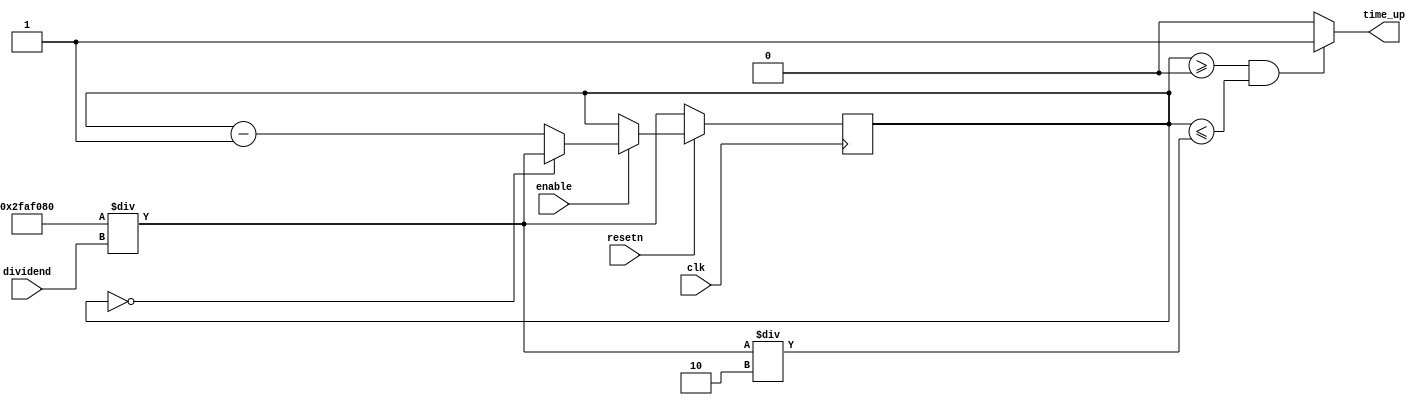





module timer_l(
    input clk, resetn, enable, 
    input [25:0] dividend,
    output time_up
);
    reg [25:0] count;
    wire [25:0] initial_value, check_value;
    assign initial_value = 26'd50000000;
    assign check_value = initial_value / dividend;


     
    always @(posedge clk) begin
        if (!resetn)
			count <= check_value;
		else if (enable) begin
			if (count == 26'd0)
				count <= check_value;
			else
				count <= count - 1'b1;
		end
    end
    assign time_up = ((count >= 26'd0) & (count <= check_value / 2)) ? 1 : 0;
endmodule









module timer_1_1_l(
    input clk, resetn, enable,
    output time_up
);
    reg [25:0] count;
    always @(posedge clk) begin
        if (!resetn)
			count <= 26'd50000000;
		else if (enable) begin
			if (count == 26'd0)
				count <= 26'd50000000;
			else
				count <= count - 1'b1;
		end
    end
    assign time_up = (count >= 1'b0 & count <= 26'd25000000) ? 1 : 0;
endmodule



module timer_1_2_l(
    input clk, resetn, enable,
    output time_up
);
    reg [25:0] count;
    wire [4:0] dividend;
    assign dividend = 5'd2;
    wire [25:0] initial_value, check_value;
    assign initial_value = 26'd50000000;
    assign check_value = initial_value / dividend;


     
    always @(posedge clk) begin
        if (!resetn)
			count <= check_value;
		else if (enable) begin
			if (count == 26'd0)
				count <= check_value;
			else
				count <= count - 1'b1;
		end
    end
    assign time_up = ((count >= 26'd0) & (count <= check_value / 2)) ? 1 : 0;
endmodule




module timer_1_4_l(
    input clk, resetn, enable,
    output time_up
);

    reg [25:0] count;
    wire [4:0] dividend;
    assign dividend = 5'd4;
    wire [25:0] initial_value, check_value;
    assign initial_value = 26'd50000000;
    assign check_value = initial_value / dividend;
    always @(posedge clk) begin
        if (!resetn)
			count <= check_value;
		else if (enable) begin
			if (count == 26'd0)
				count <= check_value;
			else
				count <= count - 1'b1;
		end
    end
    assign time_up = ((count >= 26'd0) & (count <= check_value / 2)) ? 1 : 0;
endmodule







module timer_1_8_l(
    input clk, resetn, enable,
    output time_up
);
    reg [25:0] count;
    wire [4:0] dividend;
    assign dividend = 5'd8;
    wire [25:0] initial_value, check_value;
    assign initial_value = 26'd50000000;
    assign check_value = initial_value / dividend;
    always @(posedge clk) begin
        if (!resetn)
			count <= check_value;
		else if (enable) begin
			if (count == 26'd0)
				count <= check_value;
			else
				count <= count - 1'b1;
		end
    end
    assign time_up = ((count >= 26'd0) & (count <= check_value / 2)) ? 1 : 0;
endmodule



module timer_1_32_l(
    input clk, resetn, enable,
    output time_up
);
    reg [25:0] count;
    wire [9:0] dividend;
    assign dividend = 10'd32;
    wire [25:0] initial_value, check_value;
    assign initial_value = 26'd50000000;
    assign check_value = initial_value / dividend;
    always @(posedge clk) begin
        if (!resetn)
			count <= check_value;
		else if (enable) begin
			if (count == 26'd0)
				count <= check_value;
			else
				count <= count - 1'b1;
		end
    end
    assign time_up = ((count >= 26'd0) & (count <= check_value / 2)) ? 1 : 0;
endmodule



module timer_1_64_l(
    input clk, resetn, enable,
    output time_up
);
    reg [25:0] count;
    wire [9:0] dividend;
    assign dividend = 10'd64;
    wire [25:0] initial_value, check_value;
    assign initial_value = 26'd50000000;
    assign check_value = initial_value / dividend;
    always @(posedge clk) begin
        if (!resetn)
			count <= check_value;
		else if (enable) begin
			if (count == 26'd0)
				count <= check_value;
			else
				count <= count - 1'b1;
		end
    end
    assign time_up = ((count >= 26'd0) & (count <= check_value / 2)) ? 1 : 0;
endmodule






module timer_1_100_l(
    input clk, resetn, enable,
    output time_up
);
    reg [25:0] count;
    wire [9:0] dividend;
    assign dividend = 10'd100;
    wire [25:0] initial_value, check_value;
    assign initial_value = 26'd50000000;
    assign check_value = initial_value / dividend;
    always @(posedge clk) begin
        if (!resetn)
			count <= check_value;
		else if (enable) begin
			if (count == 26'd0)
				count <= check_value;
			else
				count <= count - 1'b1;
		end
    end
    assign time_up = ((count >= 26'd0) & (count <= check_value / 2)) ? 1 : 0;
endmodule



module timer_1_200_l(
    input clk, resetn, enable,
    output time_up
);
    reg [25:0] count;
    wire [9:0] dividend;
    assign dividend = 10'd200;
    wire [25:0] initial_value, check_value;
    assign initial_value = 26'd50000000;
    assign check_value = initial_value / dividend;
    always @(posedge clk) begin
        if (!resetn)
			count <= check_value;
		else if (enable) begin
			if (count == 26'd0)
				count <= check_value;
			else
				count <= count - 1'b1;
		end
    end
    assign time_up = ((count >= 26'd0) & (count <= check_value / 2)) ? 1 : 0;
endmodule






module timer_1_500_l(
    input clk, resetn, enable,
    output time_up
);
    reg [25:0] count;
    wire [9:0] dividend;
    assign dividend = 10'd500;
    wire [25:0] initial_value, check_value;
    assign initial_value = 26'd50000000;
    assign check_value = initial_value / dividend;
    always @(posedge clk) begin
        if (!resetn)
			count <= check_value;
		else if (enable) begin
			if (count == 26'd0)
				count <= check_value;
			else
				count <= count - 1'b1;
		end
    end
    assign time_up = ((count >= 26'd0) & (count <= check_value / 2)) ? 1 : 0;
endmodule



module timer_1_1000_l(
    input clk, resetn, enable,
    output time_up
);
    reg [25:0] count;
    wire [9:0] dividend;
    assign dividend = 10'd1000;
    wire [25:0] initial_value, check_value;
    assign initial_value = 26'd50000000;
    assign check_value = initial_value / dividend;
    always @(posedge clk) begin
        if (!resetn)
			count <= check_value;
		else if (enable) begin
			if (count == 26'd0)
				count <= check_value;
			else
				count <= count - 1'b1;
		end
    end
    assign time_up = ((count >= 26'd0) & (count <= check_value / 2)) ? 1 : 0;
endmodule




module timer_1_5000_l(
    input clk, resetn, enable,
    output time_up
);
    reg [25:0] count;
    wire [14:0] dividend;
    assign dividend = 15'd5000;
    wire [25:0] initial_value, check_value;
    assign initial_value = 26'd50000000;
    assign check_value = initial_value / dividend;
    always @(posedge clk) begin
        if (!resetn)
			count <= check_value;
		else if (enable) begin
			if (count == 26'd0)
				count <= check_value;
			else
				count <= count - 1'b1;
		end
    end
    assign time_up = ((count >= 26'd0) & (count <= check_value / 2)) ? 1 : 0;
endmodule




module timer_1_10000_l(
    input clk, resetn, enable,
    output time_up
);
    reg [25:0] count;
    wire [14:0] dividend;
    assign dividend = 15'd10000;
    wire [25:0] initial_value, check_value;
    assign initial_value = 26'd50000000;
    assign check_value = initial_value / dividend;
    always @(posedge clk) begin
        if (!resetn)
			count <= check_value;
		else if (enable) begin
			if (count == 26'd0)
				count <= check_value;
			else
				count <= count - 1'b1;
		end
    end
    assign time_up = ((count >= 26'd0) & (count <= check_value / 2)) ? 1 : 0;
endmodule